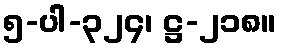
၅-ပါ-၃၂၄၊ ဋ္ဌ-၂၁၈။